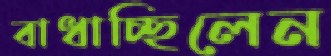
বাধাচ্ছিলেন